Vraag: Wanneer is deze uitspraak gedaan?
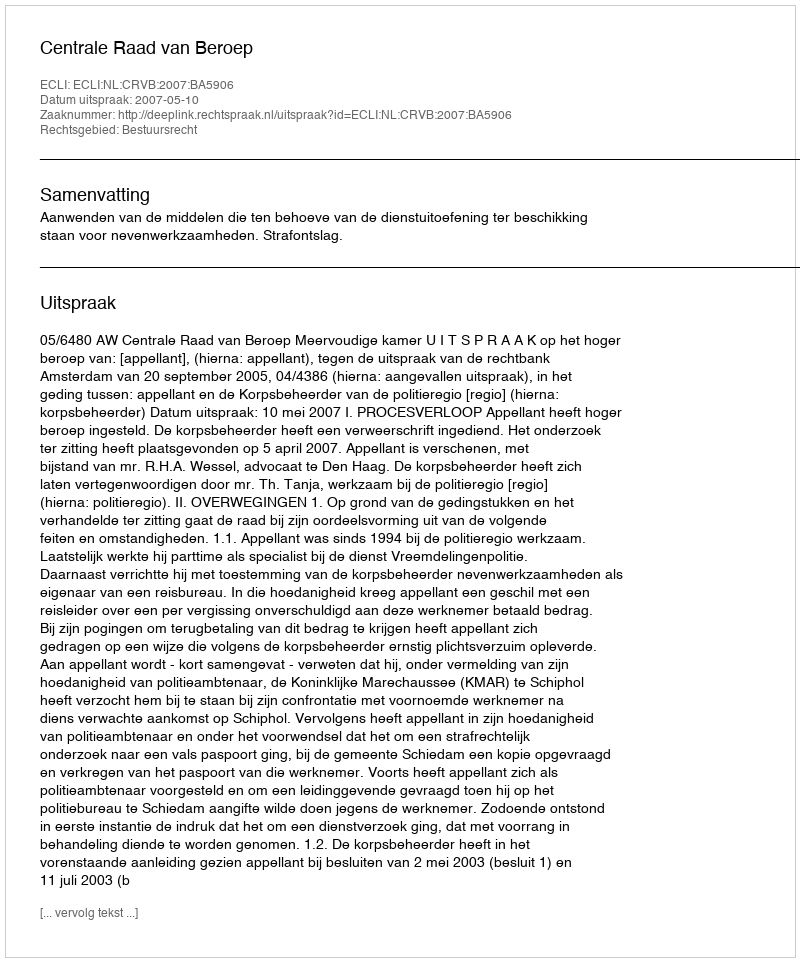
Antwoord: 2007-05-10